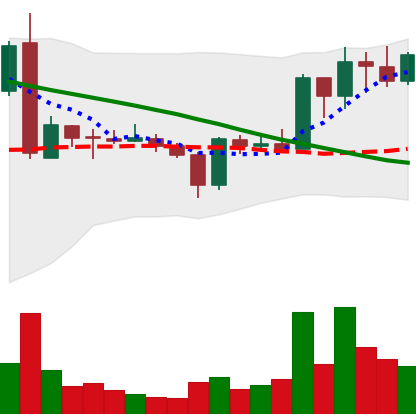
Ticker: ADA-USD
Chart end date: 2019-03-14
Forward return: 9.445%
Label: up_7plus